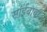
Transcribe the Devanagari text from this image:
सांईबाबा